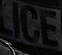
ICE